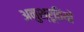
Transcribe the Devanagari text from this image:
अनुश्रूतियों